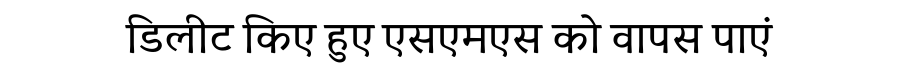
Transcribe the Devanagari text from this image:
डिलीट किए हुए एसएमएस को वापस पाएं